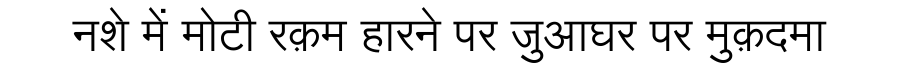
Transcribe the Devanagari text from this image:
नशे में मोटी रक़म हारने पर जुआघर पर मुक़दमा